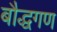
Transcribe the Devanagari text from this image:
बौद्धगण